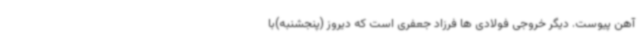
آهن پیوست. دیگر خروجی فولادی ها فرزاد جعفری است که دیروز (پنجشنبه)با